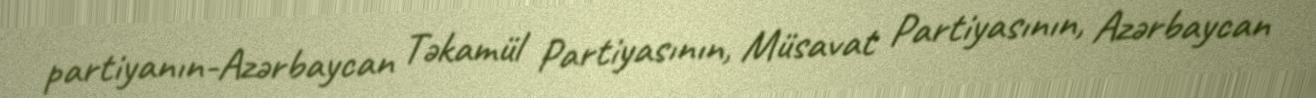
partiyanın-Azərbaycan Təkamül Partiyasının, Müsavat Partiyasının, Azərbaycan